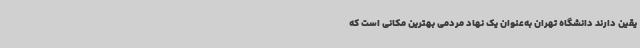
یقین دارند دانشگاه تهران به‌عنوان یک نهاد مردمی بهترین مکانی است که